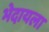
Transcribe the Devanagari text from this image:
भेदायला